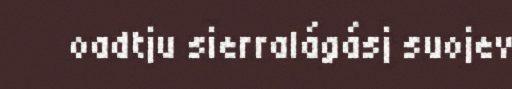
oadtju sierralágásj suojev